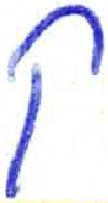
אות: ק